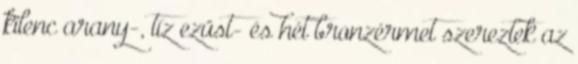
kilenc arany-, tíz ezüst- és hét bronzérmet szereztek az